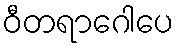
ဝီတရာဂေါပေ